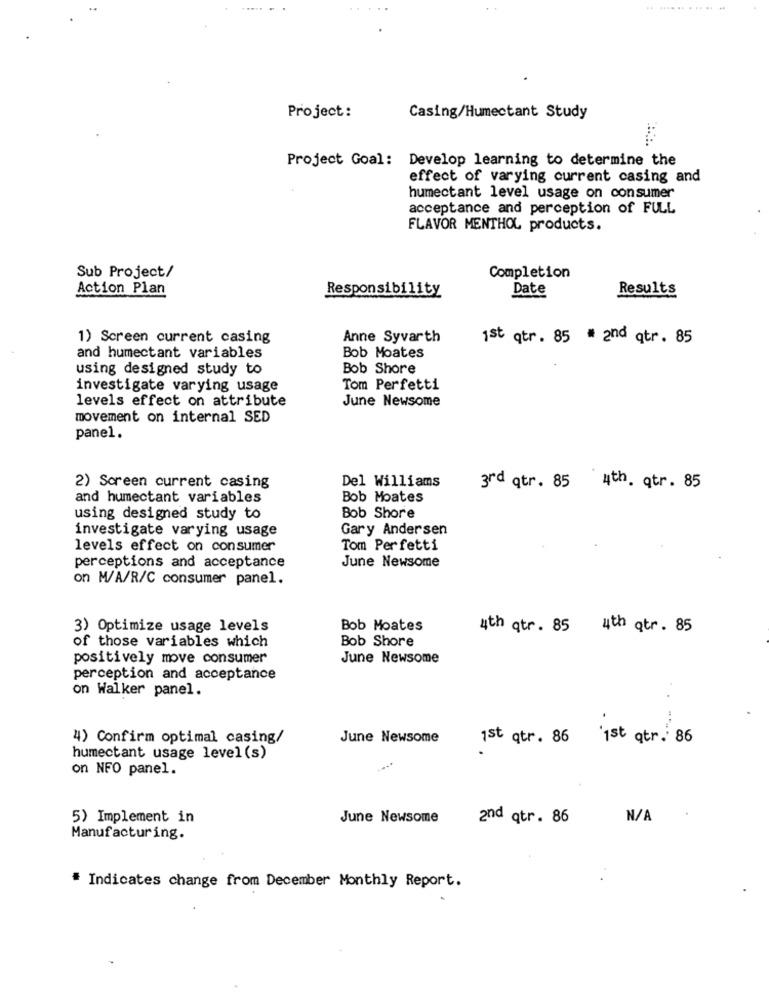
Project:
Casing/Humectant Study
Project Goal: Develop learning to determine the
effect of varying current casing and
humectant level usage on consumer
acceptance and perception of FULL
FLAVOR MENTHOL products.
Sub Project/
Completion
Action Plan
Responsibility
Date
Results
1) Screen current casing
Anne Syvarth
1st qtr. 85 # 2nd qtr. 85
and humectant variables
Bob Moates
using designed study to
Bob Shore
investigate varying usage
Tom Perfetti
levels effect on attribute
June Newsome
movement on internal SED
panel.
Del Williams
2) Screen current casing
3rd qtr. 85 4th. qtr. 85
and humectant variables
Bob Moates
using designed study to
Bob Shore
investigate varying usage
Gary Andersen
levels effect on consumer
Tom Perfetti
June Newsome
perceptions and acceptance
on M/A/R/C consumer panel.
3) Optimize usage levels
Bob Moates
4th qtr. 85 4th qtr . 85
of those variables which
Bob Shore
positively move consumer
June Newsome
perception and acceptance
on Walker panel.
4) Confirm optimal casing/
June Newsome
1st qtr. 86 1st qtr. 86
humectant usage level (s)
on NFO panel.
5) Implement in
June Newsome
2nd qtr. 86
Manufacturing.
# Indicates change from December Monthly Report.